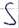
Text: S